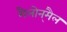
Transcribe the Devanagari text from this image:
मैलोन्‌मैल